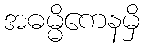
အဓမ္မိကေနမှိ